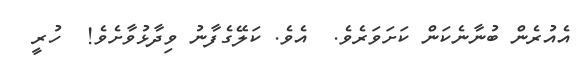
އެއުރެން ބުނާނެކަން ކަށަވަރެވެ.  އެވެ. ކަލޭގެފާނު ވިދާޅުވާށެވެ!  ހުރީ